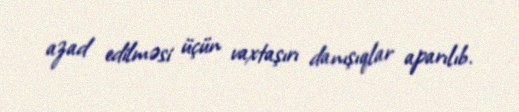
azad edilməsi üçün vaxtaşırı danışıqlar aparılıb.